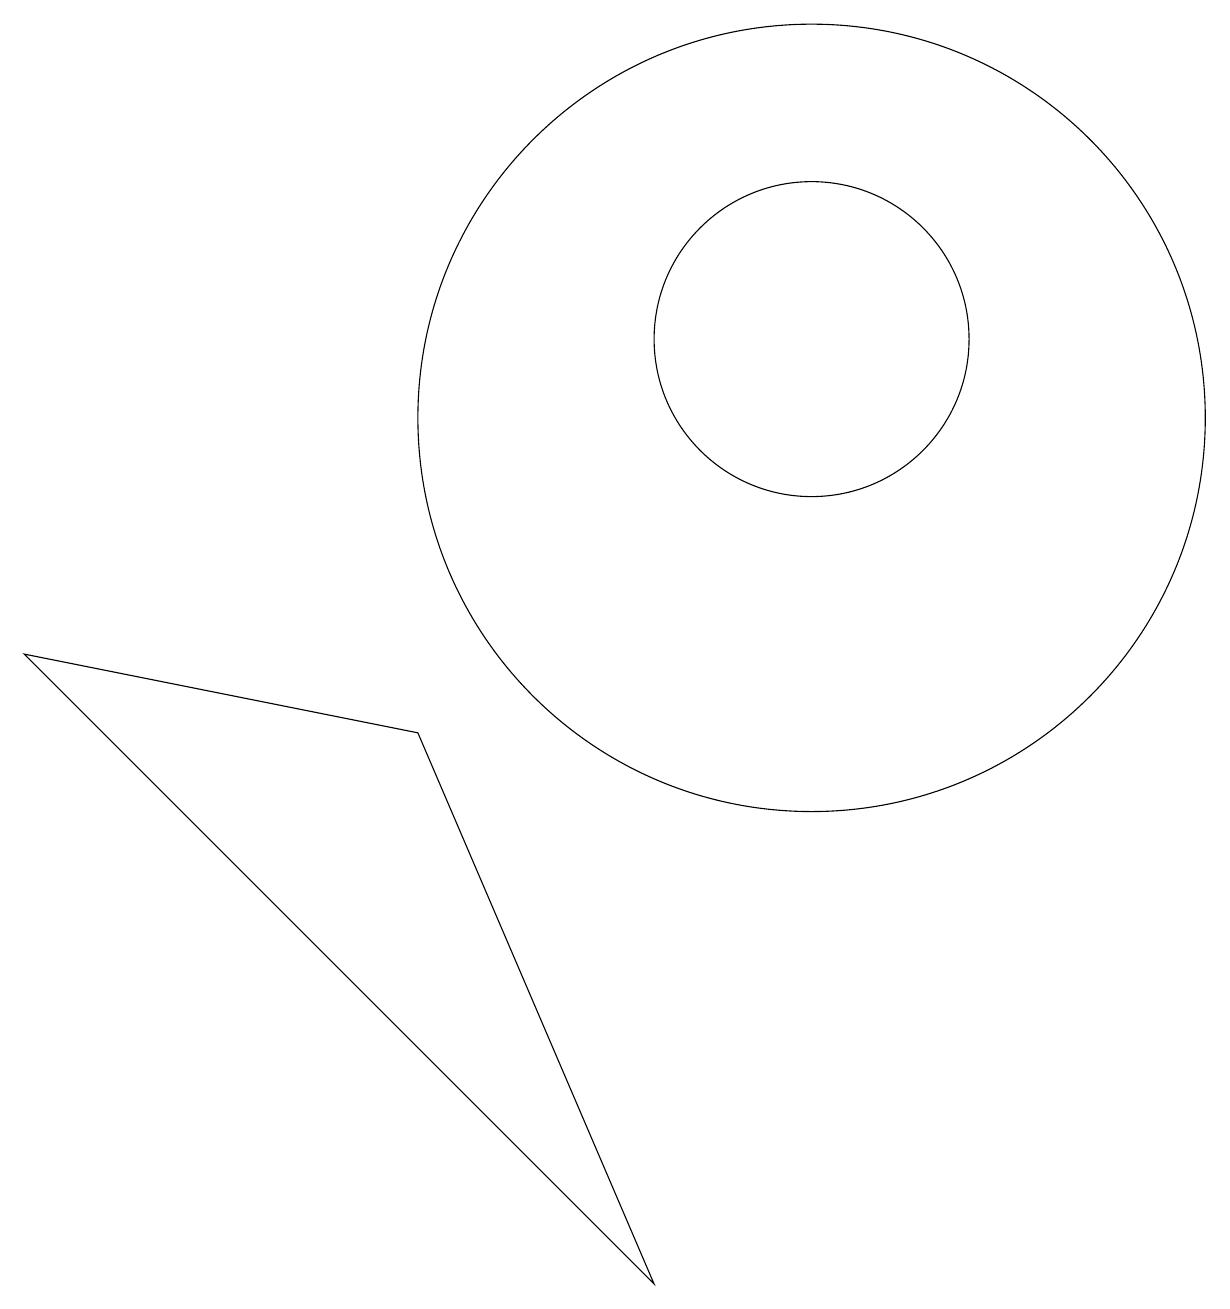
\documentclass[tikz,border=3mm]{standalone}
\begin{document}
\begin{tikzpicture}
\draw (10,12) circle (2);
\draw (10,11) circle (5);
\draw (8,0) -- (0,8) -- (5,7) -- cycle;
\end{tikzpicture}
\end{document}